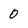
Character: 0